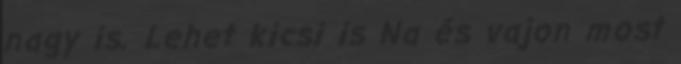
nagy is. Lehet kicsi is Na és vajon most